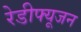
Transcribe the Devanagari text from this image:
रेडीफ्यूजन